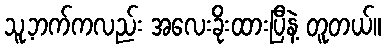
သူ့ဘက်ကလည်း အလေးခိုးထားပြီနဲ့ တူတယ်။